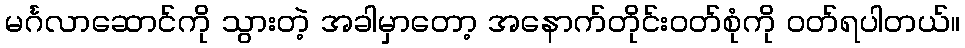
မင်္ဂလာဆောင်ကို သွားတဲ့ အခါမှာတော့ အနောက်တိုင်းဝတ်စုံကို ဝတ်ရပါတယ်။